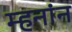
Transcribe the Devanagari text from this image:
म्हनांन